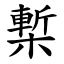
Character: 槧